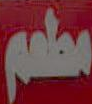
مطعم